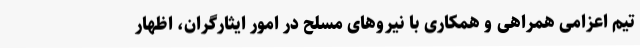
تیم اعزامی همراهی و همکاری با نیروهای مسلح در امور ایثارگران، اظهار